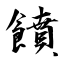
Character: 饙